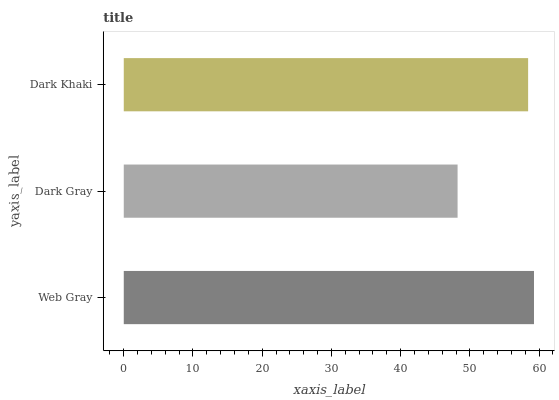
| yaxis_label | bars |
 | --- | --- |
 | Web Gray | 59.3 |
 | Dark Gray | 48.2 |
 | Dark Khaki | 58.4 |